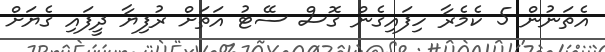
އެތަނުން 5 ކެމެރާ ހިފައިގެން ގޮސް ސޭޓު އަތަށް ރުފިޔާ ދީފައި ގެޔަށް